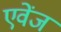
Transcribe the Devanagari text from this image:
एवेंज